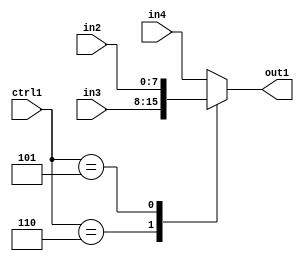
`timescale 1ps / 1ps
/*****************************************************************************
    Verilog RTL Description
    
    
    Created by: Stratus DpOpt 2019.1.01 
*******************************************************************************/

module dut_N_Mux_8_3_11_1 (
	in4,
	in3,
	in2,
	ctrl1,
	out1
	); /* architecture "behavioural" */ 
input [7:0] in4,
	in3,
	in2;
input [2:0] ctrl1;
output [7:0] out1;
wire [7:0] asc001;

reg [7:0] asc001_tmp_0;
assign asc001 = asc001_tmp_0;
always @ (ctrl1 or in3 or in2 or in4) begin
	case (ctrl1)
		3'B110 : asc001_tmp_0 = in3 ;
		3'B101 : asc001_tmp_0 = in2 ;
		default : asc001_tmp_0 = in4 ;
	endcase
end

assign out1 = asc001;
endmodule

/* CADENCE  v7HzSwo= : u9/ySgnWtBlWxVPRXgAZ4Og= ** DO NOT EDIT THIS LINE ******/